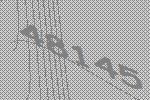
48145